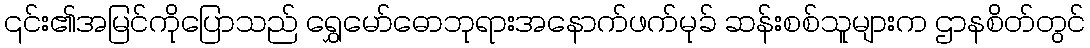
၎င်း၏အမြင်ကိုပြောသည် ရွှေမော်ဓောဘုရားအနောက်ဖက်မုခ် ဆန်းစစ်သူများက ဌာနစိတ်တွင်